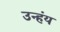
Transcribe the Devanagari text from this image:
उन्हंय